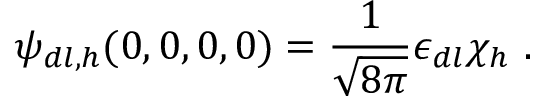
\psi _ { d l , h } ( 0 , 0 , 0 , 0 ) = \frac { 1 } { \sqrt { 8 \pi } } \epsilon _ { d l } \chi _ { h } \ .